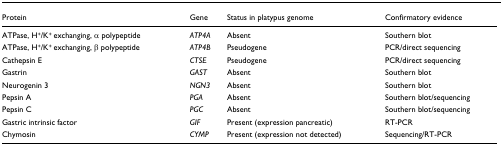
<table><thead><tr><td><b>Protein</b></td><td><b>Gene</b></td><td><b>Status in platypus genome</b></td><td><b>Confirmatory evidence</b></td></tr></thead><tbody><tr><td>ATPase, H<sup>+</sup>/K<sup>+ </sup>exchanging, α polypeptide</td><td><i>ATP4A</i></td><td>Absent</td><td>Southern blot</td></tr><tr><td>ATPase, H<sup>+</sup>/K<sup>+ </sup>exchanging, β polypeptide</td><td><i>ATP4B</i></td><td>Pseudogene</td><td>PCR/direct sequencing</td></tr><tr><td>Cathepsin E</td><td><i>CTSE</i></td><td>Pseudogene</td><td>PCR/direct sequencing</td></tr><tr><td>Gastrin</td><td><i>GAST</i></td><td>Absent</td><td>Southern blot</td></tr><tr><td>Neurogenin 3</td><td><i>NGN3</i></td><td>Absent</td><td>Southern blot</td></tr><tr><td>Pepsin A</td><td><i>PGA</i></td><td>Absent</td><td>Southern blot/sequencing</td></tr><tr><td>Pepsin C</td><td><i>PGC</i></td><td>Absent</td><td>Southern blot/sequencing</td></tr><tr><td>Gastric intrinsic factor</td><td><i>GIF</i></td><td>Present (expression pancreatic)</td><td>RT-PCR</td></tr><tr><td>Chymosin</td><td><i>CYMP</i></td><td>Present (expression not detected)</td><td>Sequencing/RT-PCR</td></tr></tbody></table>